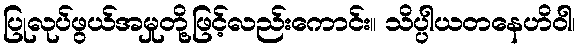
ပြုလုပ်ဖွယ်အမှုတို့ဖြင့်လည်းကောင်း။ သိပ္ပါယတနေဟိဝါ၊